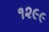
૧૨૯૯